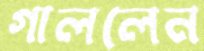
গাললেন